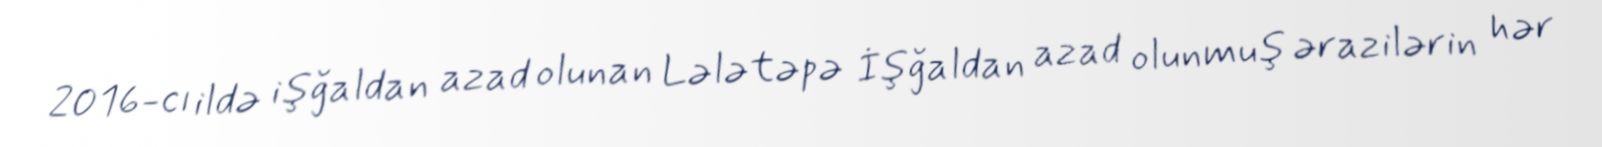
2016-cı ildə işğaldan azad olunan Lələtəpə İşğaldan azad olunmuş ərazilərin hər